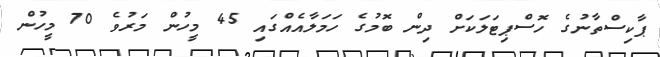
ޕާކިސްތާނުގެ ހޮސްޕިޓަލަކަށް ދިން ބޮމުގެ ހަމަލާއެއްގައި 45 މީހުން މަރުވެ 70 މީހުން